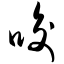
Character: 唆